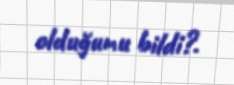
olduğunu bildi?.